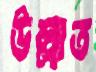
উল্লাত